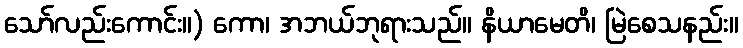
သော်လည်းကောင်း။) ကော၊ အဘယ်ဘုရားသည်။ နိယာမေတိ၊ မြဲစေသနည်း။